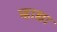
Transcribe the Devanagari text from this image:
म्हाद्या